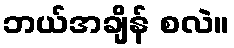
ဘယ်အချိန် စလဲ။